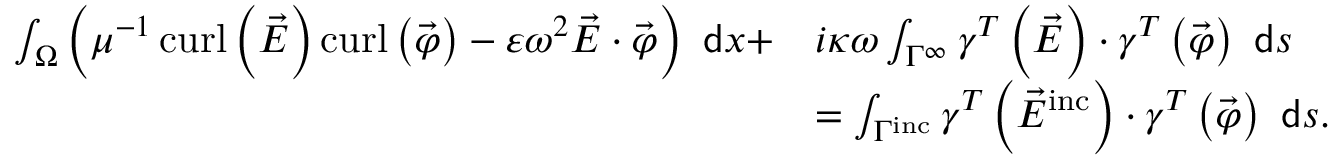
\begin{array} { r l } { \int _ { \Omega } \left( \mu ^ { - 1 } \operatorname { c u r l } \left( \vec { E } \right) \operatorname { c u r l } \left( \vec { \varphi } \right) - \varepsilon \omega ^ { 2 } \vec { E } \cdot \vec { \varphi } \right) ~ \mathsf { d } x + } & { i \kappa \omega \int _ { \Gamma ^ { \infty } } \gamma ^ { T } \left( \vec { E } \right) \cdot \gamma ^ { T } \left( \vec { \varphi } \right) ~ \mathsf { d } s } \\ & { = \int _ { \Gamma ^ { \mathrm { i n c } } } \gamma ^ { T } \left( \vec { E } ^ { \mathrm { i n c } } \right) \cdot \gamma ^ { T } \left( \vec { \varphi } \right) ~ \mathsf { d } s . } \end{array}